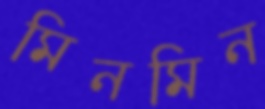
মিনমিন